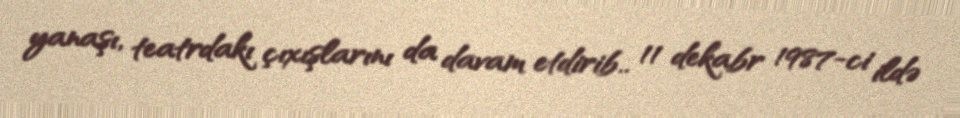
yanaşı, teatrdakı çıxışlarını da davam etdirib.. 11 dekabr 1987-ci ildə